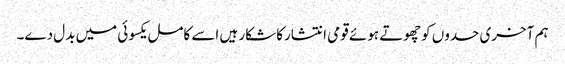
ہم آخری حدوں کوچھوتے ہوئے قومی انتشارکا شکار ہیں اسے کامل یکسوئی میں بدل دے۔